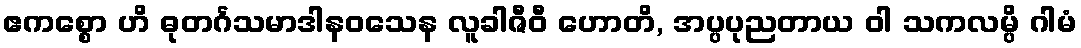
ဧကစ္စော ဟိ ဓုတင်္ဂသမာဒါနဝသေန လူခါဇီဝီ ဟောတိ, အပ္ပပုညတာယ ဝါ သကလမ္ပိ ဂါမံ